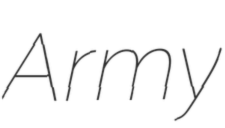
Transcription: Army